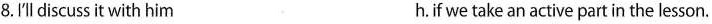
8.I'll discuss it with him h.if we take an active part in the lesson.